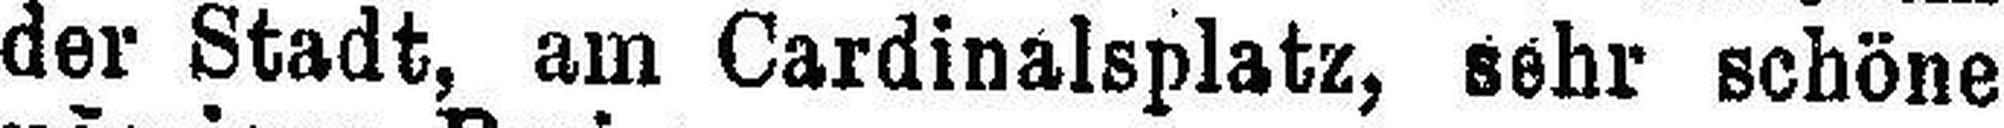
der Stadt, am Cardinalsplatz, sehr schöne